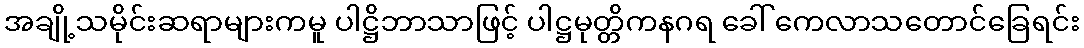
အချို့သမိုင်းဆရာများကမူ ပါဋ္ဌိဘာသာဖြင့် ပါဋ္ဌမုတ္တိကနဂရ ခေါ် ကေလာသတောင်ခြေရင်း